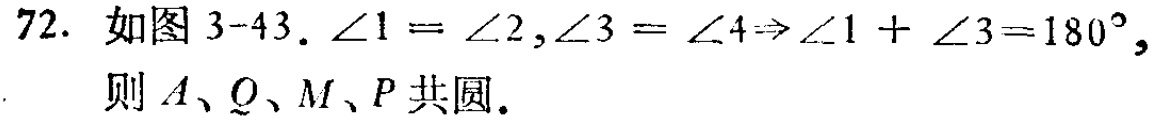
72. 如图 3-43. $\angle1 = \angle2,\angle3 = \angle4\Rightarrow\angle1 + \angle3=180^{\circ}$, 则 \(A、Q、M、P\) 共圆.